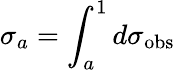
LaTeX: \sigma_{a}=\int_{a}^{1}d\sigma_{\mathrm{obs}}